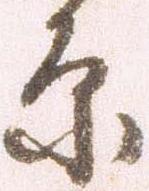
原